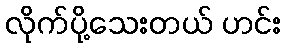
လိုက်ပို့သေးတယ် ဟင်း